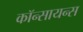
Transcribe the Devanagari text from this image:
कॉन्सायन्स